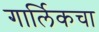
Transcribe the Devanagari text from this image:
गार्लिकचा